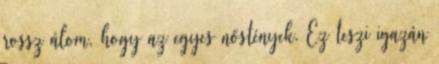
rossz álom, hogy az egyes nőstények. Ez teszi igazán